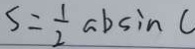
S = \frac { 1 } { 2 } a b \sin C